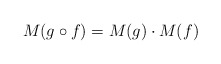
\begin{align*}M(g \circ f) = M(g) \cdot M(f)\end{align*}